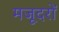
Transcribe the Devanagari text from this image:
मजूदरों